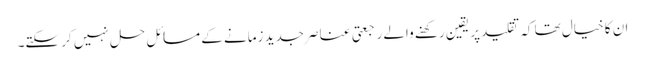
ان کا خیال تھا کہ تقلید پر یقین رکھنے والے رجعتی عناصر جدید زمانے کے مسائل حل نہیں کر سکتے۔